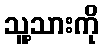
သူ့သားကို